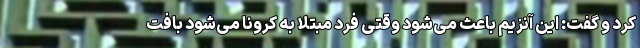
کرد و گفت: این آنزیم باعث می‌شود وقتی فرد مبتلا به کرونا می‌شود بافت